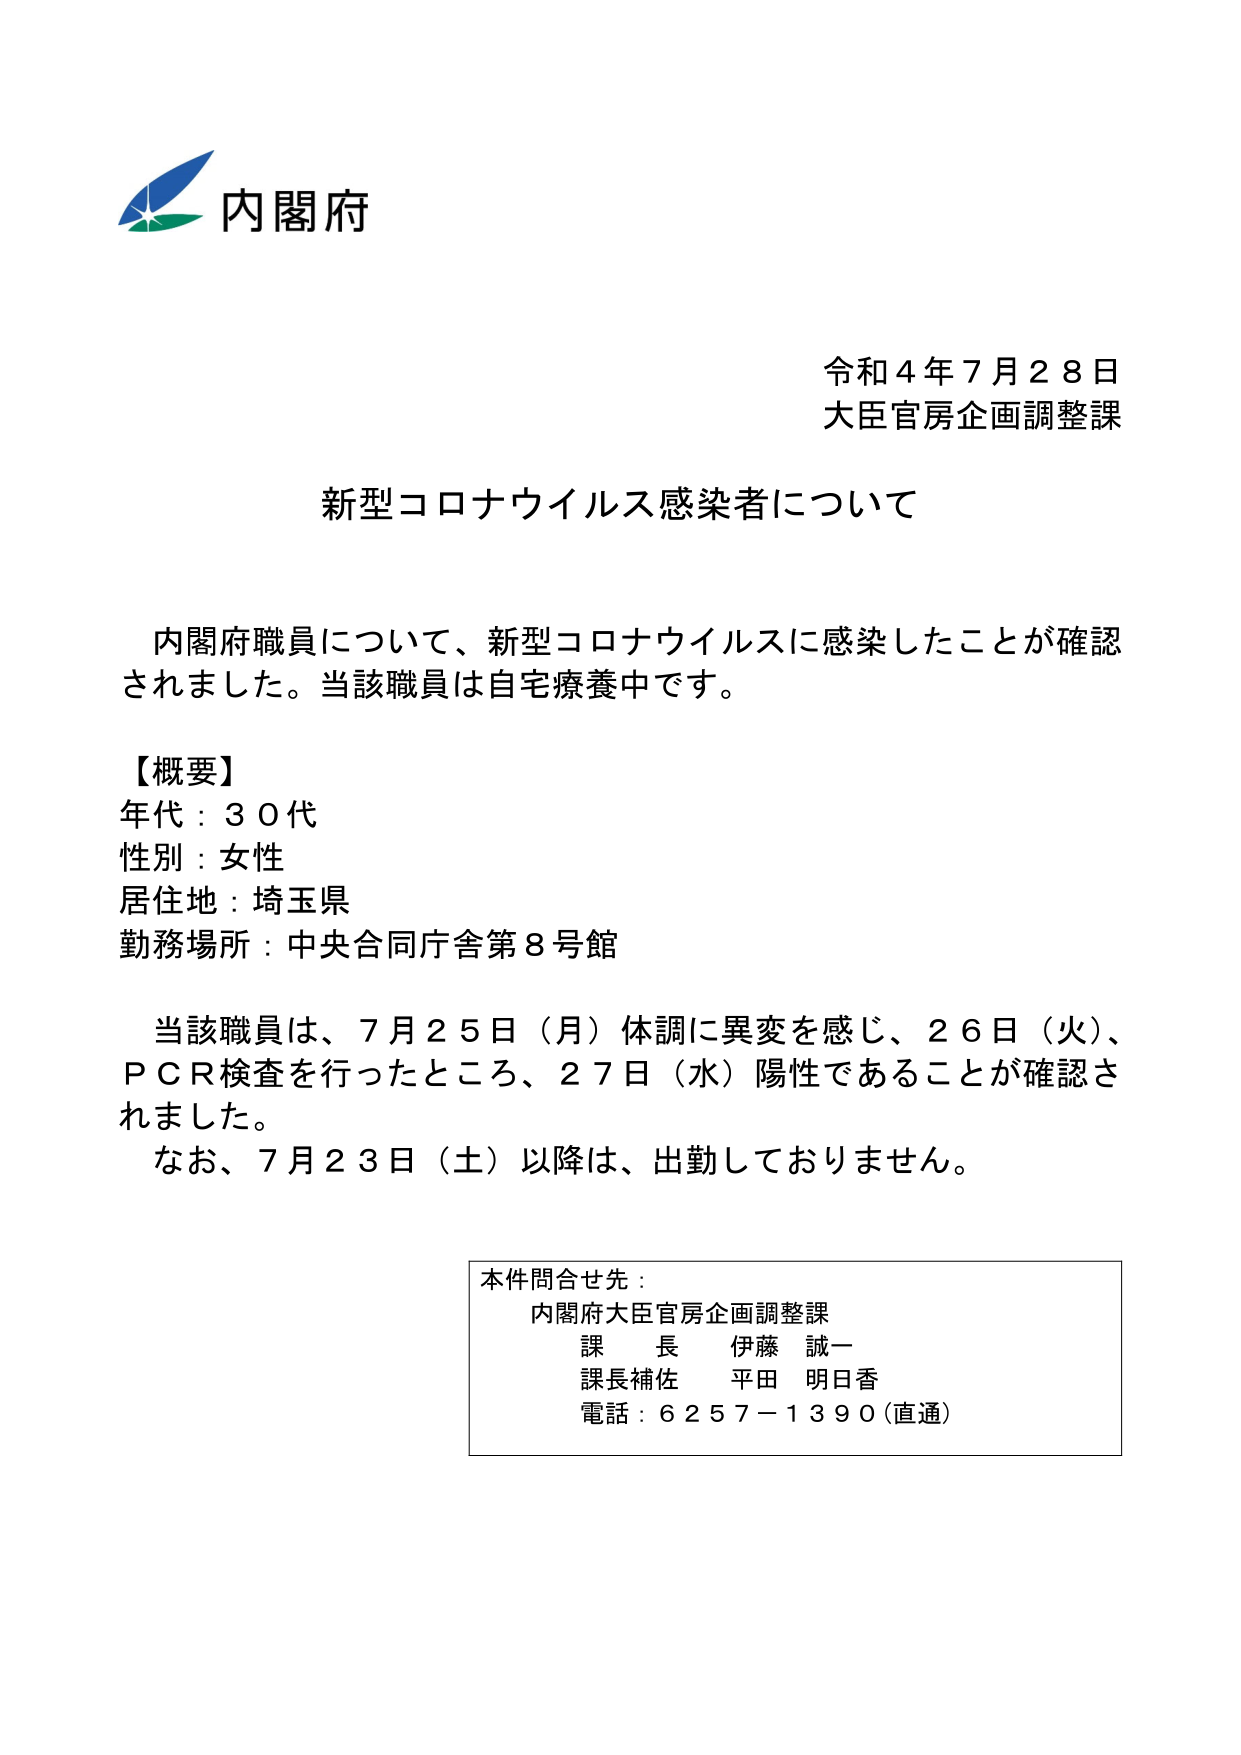
内閣府
令和４年７月２８日
大臣官房企画調整課

新型コロナウイルス感染者について

内閣府職員について、新型コロナウイルスに感染したことが確認されました。当該職員は自宅療養中です。

【概要】
年代：３０代
性別：女性
居住地：埼玉県
勤務場所：中央合同庁舎第８号館

当該職員は、７月２５日（月）体調に異変を感じ、２６日（火）、ＰＣＲ検査を行ったところ、２７日（水）陽性であることが確認されました。
なお、７月２３日（土）以降は、出勤しておりません。

本件問合せ先：
内閣府大臣官房企画調整課
課　長　伊藤　誠一
課長補佐　平田　明日香
電話：６２５７－１３９０（直通）